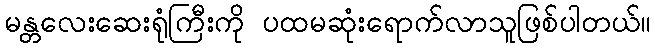
မန္တလေးဆေးရုံကြီးကို ပထမဆုံးရောက်လာသူဖြစ်ပါတယ်။